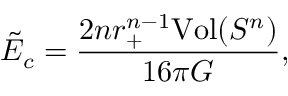
\tilde { E } _ { c } = \frac { 2 n r _ { + } ^ { n - 1 } \mathrm { V o l } ( S ^ { n } ) } { 1 6 \pi G } ,